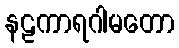
နဠကာရဂါမတော